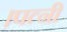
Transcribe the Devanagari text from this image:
।पत्नी